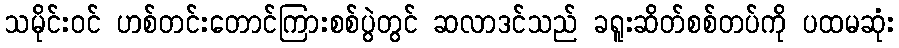
သမိုင်းဝင် ဟစ်တင်းတောင်ကြားစစ်ပွဲတွင် ဆလာဒင်သည် ခရူးဆိတ်စစ်တပ်ကို ပထမဆုံး